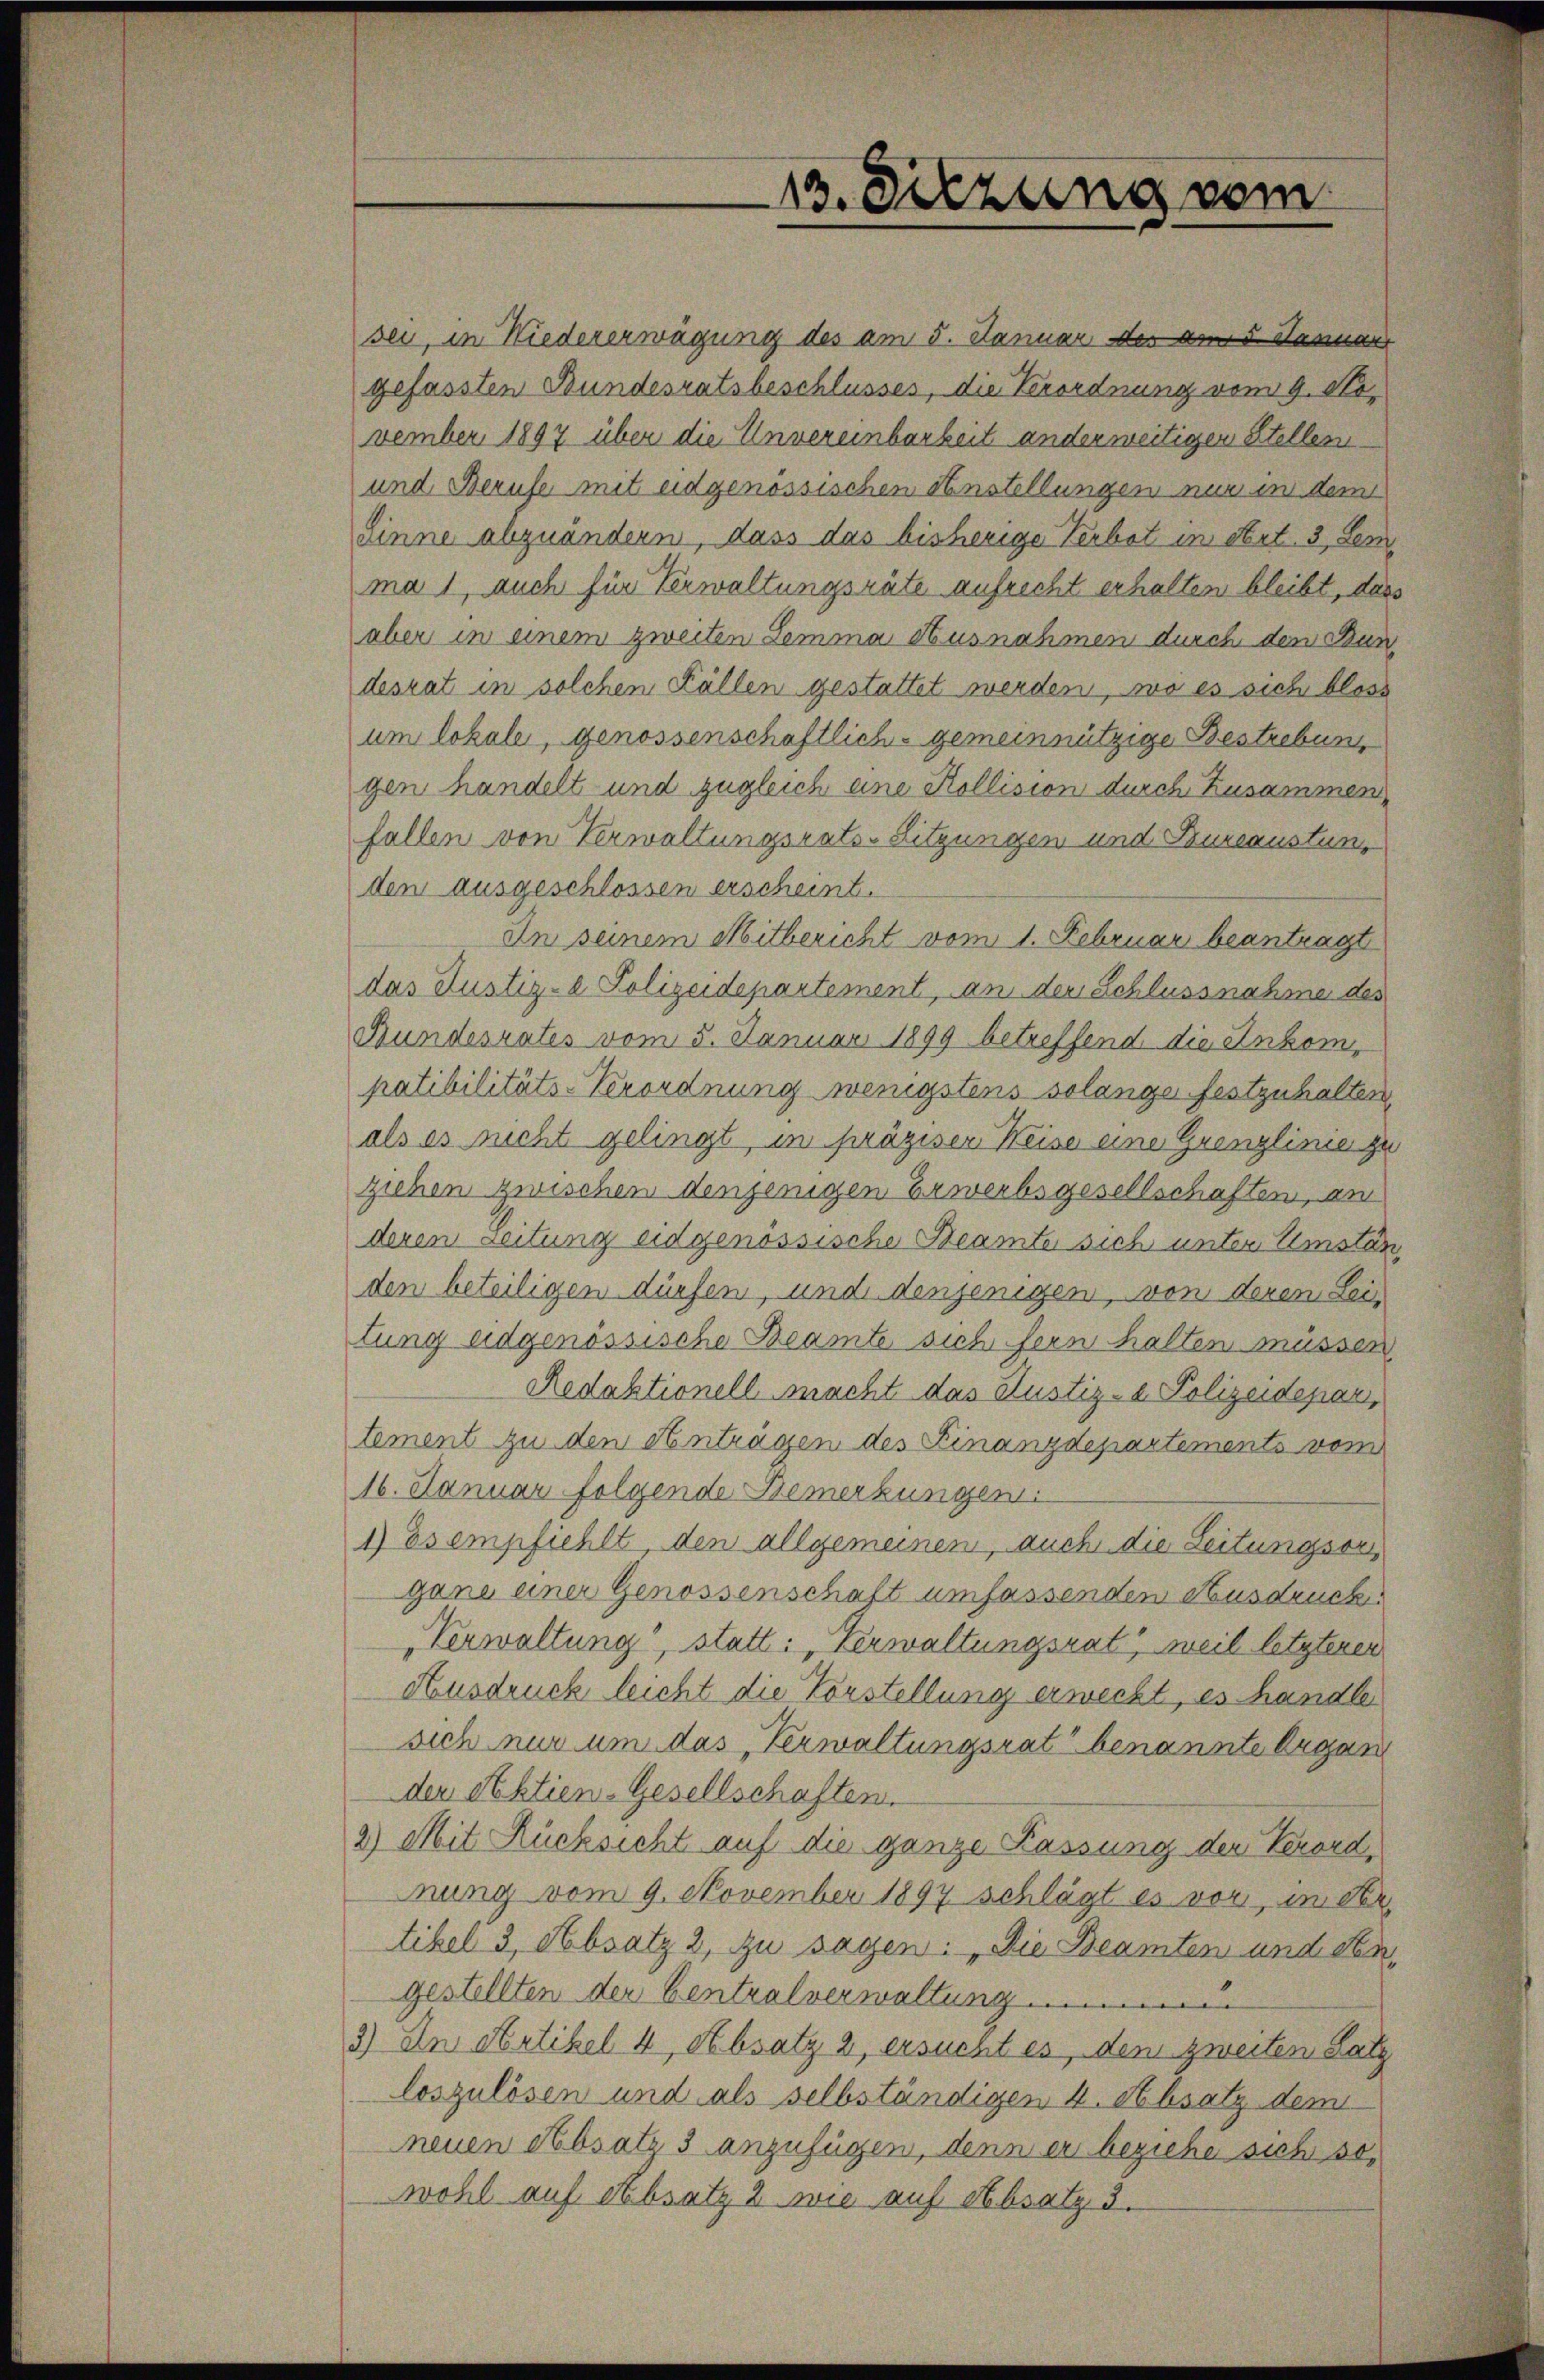
13. Diezung vom

sei, in Niedererwägung des am 5. Januar der am 5. Januar
gefassten Bundesratsbeschlusses, die Verordnung vom 9. November 1897 über die Unvereinbarkeit anderweitigen Stellen
und Berufe mit eidgenössischen Anstellungen nur in dem
Sinne abzuändern, dass das bisherige Verbot in Art. 3, Lem
ma 1, auch für Verwaltungsräte aufrecht erhalten bleibt, dass
aber in einem zweiten Lemma Ausnahmen durch den Bundesrat in solchen Fällen gestattet werden, wo es sich bloss
um lokale, genossenschaftlich-gemeinnützige Bestrebung
gen handelt und zugleich eine Kollision durch Zusammen
fallen von Verwaltungsrats-Sitzungen und Bureaustung
den ausgeschlossen erscheint.
In seinem Mitbericht vom 1. Februar beantragt
das Justiz-e Polizeidepartement, an der Schlussnahme des
Bundesrates vom 5. Januar 1899 betreffend die Ankompatibilitäts-Verordnung wenigstens solange festzuhalten
als es nicht gelingt in präziser Weise eine Grenzlinie zu
ziehen zwischen denjenigen Erwerbsgesellschaften, an
deren Leitung eidgenössische Beamte sich unter Umstän
den beteiligen dürfen, und denjenigen, von deren Leitung eidgenössische Beamte sich sein halten müssen
Redaktionell macht das Justiz- & Polizeidepari,
tement zu den Antragen des Einanzdepartements vom
16. Januar folgende Bemerkungen.
1) Es empfiehlt, den allgemeinen, auch die Leitungsor
gane einer Genossenschaft umfassenden Ausdruck.
Verwaltung, statt: „Verwaltungsrat, weil letzterer
Ausdruck leicht die Vorstellung erweckt, es handle
sich nur um das „Verwaltungsrat benannte Organ
der Aktien-Gesellschaften.
2) Mit Rücksicht auf die ganze Kassung der Verord-
nung vom 9. November 1897 schlägt es vor, in dertikel 3, Absatz 2, zu sagen: „Die Beamten und dengestellten der Centralverwaltung
3) In Artikel 4 Absatz 2, ersucht es, dem zweiten Satz
loszulösen und als selbständigen 4. Absatz dem
neuen Absatz 3 anzufügen, denn er beziehe sich sowohl auf Absatz 2 wie auf Absatz 3.